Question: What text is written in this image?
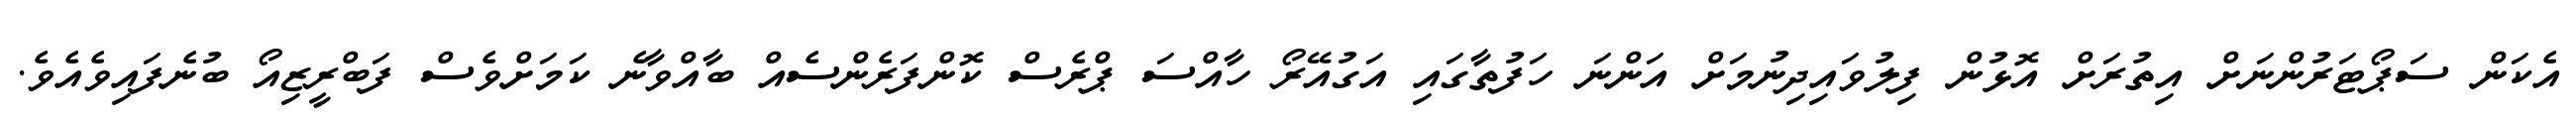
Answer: އެކަން ސަޕޯޓަރުންނަށް އިތުރަށް އޮޅުން ފިލުވައިދިނުމަށް އަންނަ ހަފުތާގައި އަގުއޭރޯ ހާއްސަ ޕްރެސް ކޮންފަރެންސެއް ބާއްވާނެ ކަމަށްވެސް ފަބްރީޒިއޯ ބުނެފައިވެއެވެ.